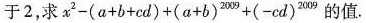
于2， $$x^{ 2 } - ( a + b + cd ) + ( a + b )^{ 2009 } + ( -cd )^{ 2009 }$$ 的值。